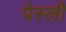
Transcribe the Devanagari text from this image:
पेस्ली